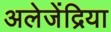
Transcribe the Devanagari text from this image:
अलेजेंद्रिया